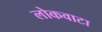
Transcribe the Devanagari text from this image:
लोकवाटा